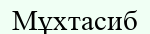
Мұхтасиб